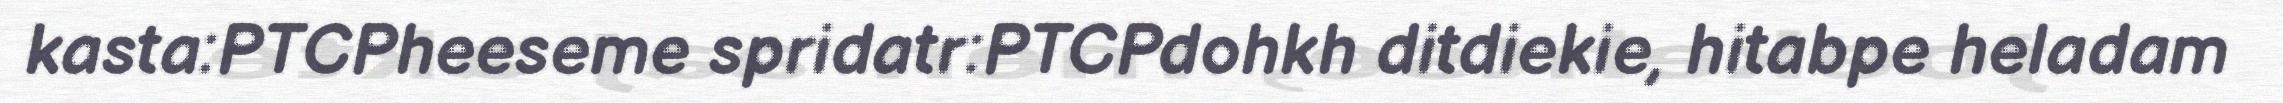
kasta:PTCPheeseme spridatr:PTCPdohkh ditdiekie, hitabpe heladam